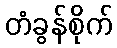
တံခွန်စိုက်